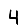
Digit: 4